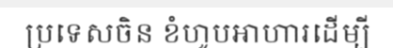
ប្រទេសចិន ខំហូបអាហារដើម្បី